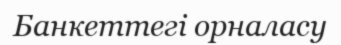
Банкеттегі орналасу